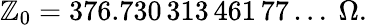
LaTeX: \mathbb{Z}_{0}=376.730\, 313\, 461\, 77\ldots~\Omega.